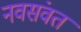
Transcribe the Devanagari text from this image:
नवसंवत